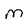
Character: m